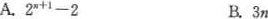
A$$.2^{n+1}-2$$ B.3n